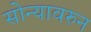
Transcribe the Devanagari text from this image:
सोन्यावरुन